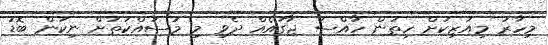
މިހާރު މިއުޒިކަށް ހިތުން ހާއްސަ ޖާގައެއް ދެވި މި މަސައްކަތަށް ނިކަން ބޮޑު